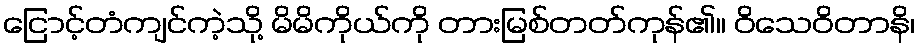
ငြောင့်တံကျင်ကဲ့သို့ မိမိကိုယ်ကို တားမြစ်တတ်ကုန်၏။ ဝိသေဝိတာနိ၊